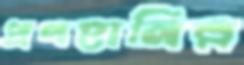
প্রণহানির